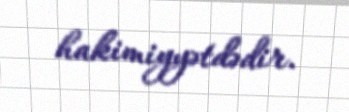
hakimiyyətdədir.